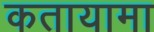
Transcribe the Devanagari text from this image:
कतायामा